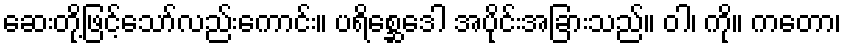
ဆေးတို့ဖြင့်သော်လည်းကောင်း။ ပရိစ္ဆေဒေါ အပိုင်းအခြားသည်။ ဝါ၊ ကို။ ကတော၊